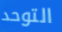
التوحد